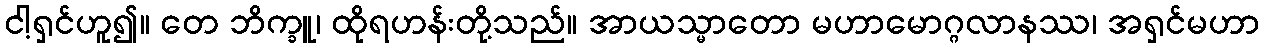
ငါ့ရှင်ဟူ၍။ တေ ဘိက္ခူ၊ ထိုရဟန်းတို့သည်။ အာယသ္မာတော မဟာမောဂ္ဂလာနဿ၊ အရှင်မဟာ